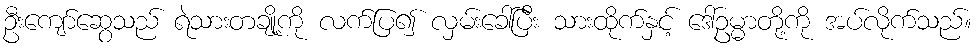
ဦးကျော်ဆွေသည် ရဲသားတချို့ကို လက်ပြ၍ လှမ်းခေါ်ပြီး သားထိုက်နှင့် ဒေါ်ဥမ္မာတို့ကို အပ်လိုက်သည်။